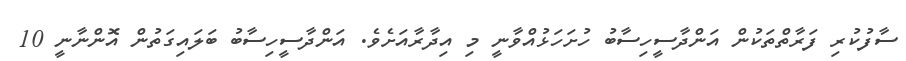
ސާފުކުރި ފަރާތްތަކުން އަންދާސީހިސާބު ހުށަހަޅުއްވާނީ މި އިދާރާއަށެވެ. އަންދާސީހިސާބު ބަލައިގަތުން އޮންނާނީ 10